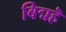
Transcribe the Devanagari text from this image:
बिद्महॆ